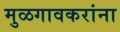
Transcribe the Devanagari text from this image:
मुळगावकरांना